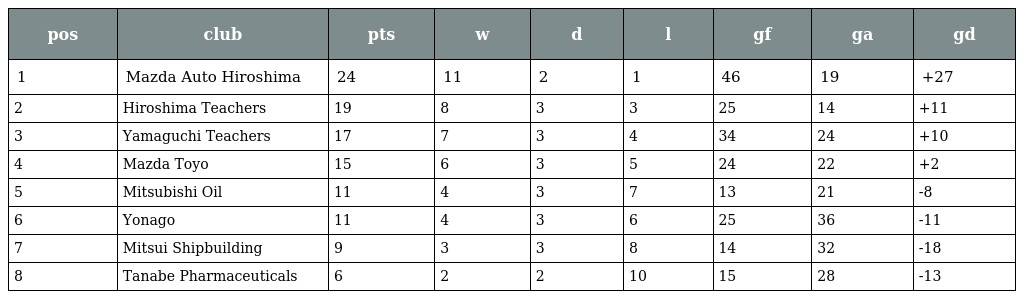
| pos | club | pts | w | d | l | gf | ga | gd |
 | --- | --- | --- | --- | --- | --- | --- | --- | --- |
 | 1 | Mazda Auto Hiroshima | 24 | 11 | 2 | 1 | 46 | 19 | +27 |
 | 2 | Hiroshima Teachers | 19 | 8 | 3 | 3 | 25 | 14 | +11 |
 | 3 | Yamaguchi Teachers | 17 | 7 | 3 | 4 | 34 | 24 | +10 |
 | 4 | Mazda Toyo | 15 | 6 | 3 | 5 | 24 | 22 | +2 |
 | 5 | Mitsubishi Oil | 11 | 4 | 3 | 7 | 13 | 21 | -8 |
 | 6 | Yonago | 11 | 4 | 3 | 6 | 25 | 36 | -11 |
 | 7 | Mitsui Shipbuilding | 9 | 3 | 3 | 8 | 14 | 32 | -18 |
 | 8 | Tanabe Pharmaceuticals | 6 | 2 | 2 | 10 | 15 | 28 | -13 |